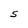
Character: S